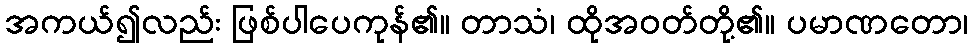
အကယ်၍လည်း ဖြစ်ပါပေကုန်၏။ တာသံ၊ ထိုအဝတ်တို့၏။ ပမာဏတော၊